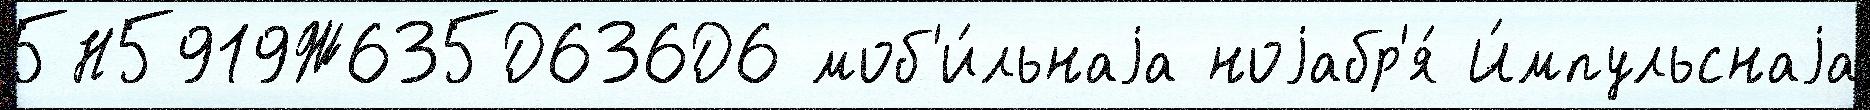
5Н5919Ж635Д636Д6 моб'и́льнаjа ноjабр'я́ И́мпульснаjа